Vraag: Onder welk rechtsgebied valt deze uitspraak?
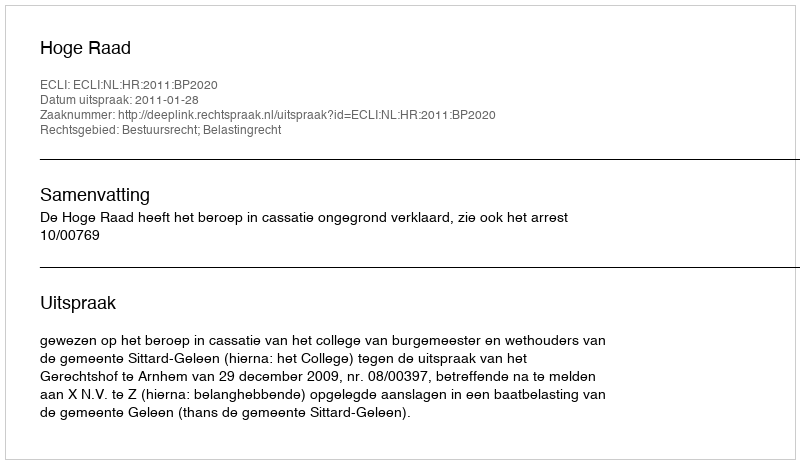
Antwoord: Bestuursrecht; Belastingrecht